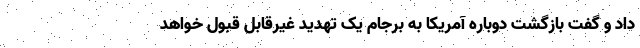
داد و گفت بازگشت دوباره آمریکا به برجام یک تهدید غیرقابل قبول خواهد